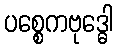
ပစ္စေကဗုဒ္ဓေါ